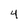
Character: 4